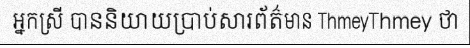
អ្នកស្រី បាននិយាយប្រាប់សារព័ត៌មាន ThmeyThmey ថា